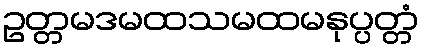
ဥတ္တမဒမထသမထမနုပ္ပတ္တံ